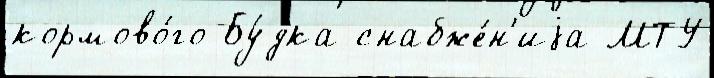
кормово́го Бу́дка снабже́н'иjа МТУ